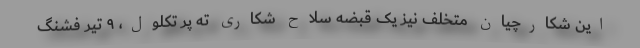
این شکارچیان متخلف نیز یک قبضه سلاح شکاری ته پر تکلول، ۹ تیر فشنگ